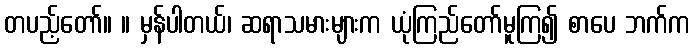
တပည့်တော်။ ။ မှန်ပါတယ်၊ ဆရာသမားများက ယုံကြည်တော်မူကြ၍ စာပေ ဘက်က